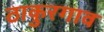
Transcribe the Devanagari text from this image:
ठाकुरगाव